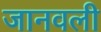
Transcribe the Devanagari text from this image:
जानवली